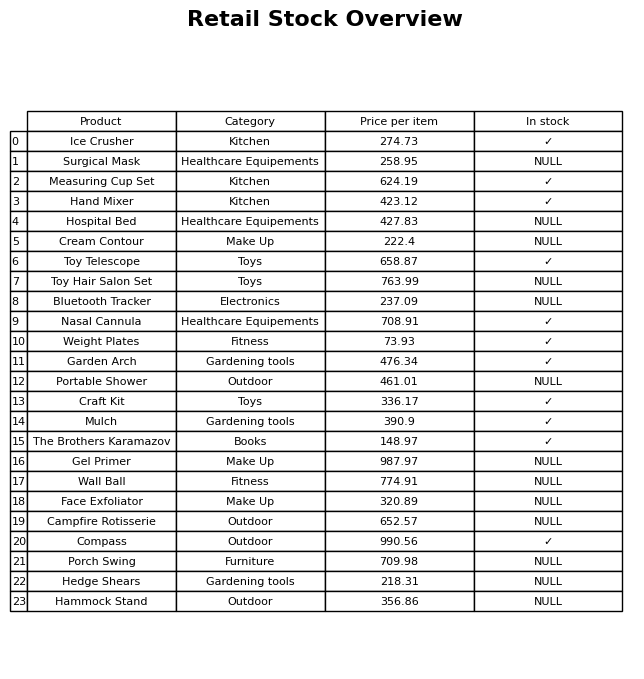
question: What is the price for Compass?
answer: The price of Compass is 990.56.